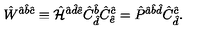
\hat { W } ^ { \hat { a } \hat { b } \hat { c } } \equiv \hat { \cal H } ^ { \hat { a } \hat { d } \hat { e } } \hat { C } _ { \hat { d } } ^ { \hat { b } } \hat { C } _ { \hat { e } } ^ { \hat { c } } = \hat { P } ^ { \hat { a } \hat { b } \hat { d } } \hat { C } _ { \hat { d } } ^ { \hat { c } } .